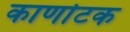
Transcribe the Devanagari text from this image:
कार्णाटक